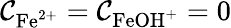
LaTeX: \mathcal{C}_{\mathrm{{Fe}}^{2+}}=\mathcal{C}_{\mathrm{{FeOH}}^{+}}=0